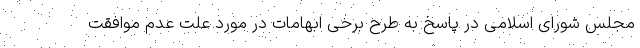
مجلس شورای اسلامی در پاسخ به طرح برخی ابهامات در مورد علت عدم موافقت